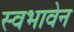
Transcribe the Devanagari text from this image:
स्वभावेन